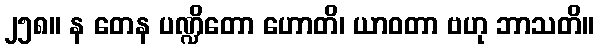
၂၅၈။ န တေန ပဏ္ဍိတော ဟောတိ၊ ယာဝတာ ဗဟု ဘာသတိ။